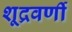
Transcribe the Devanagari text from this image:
शूद्रवर्णी